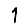
Digit: 1